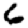
Digit: 6